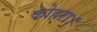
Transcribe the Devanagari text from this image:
कोहरा।